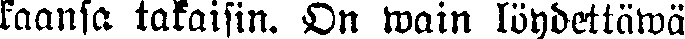
kaansa takaisin. On wain löydettäwä